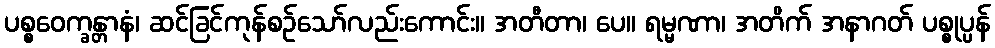
ပစ္စဝေက္ခန္တာနံ၊ ဆင်ခြင်ကုန်စဉ်သော်လည်းကောင်း။ အတီတာ၊ ပေ။ ရမ္မဏာ၊ အတိက် အနာဂတ် ပစ္စုပ္ပန်